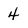
Character: 4